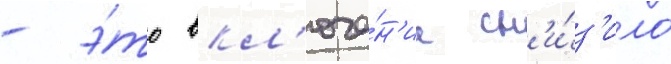
- э́то вкл'юче́н'ие сн'и́з'ило